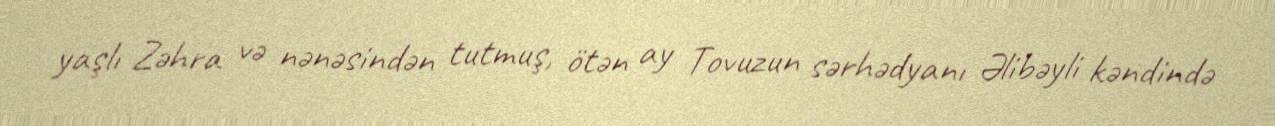
yaşlı Zəhra və nənəsindən tutmuş, ötən ay Tovuzun sərhədyanı Əlibəyli kəndində